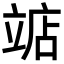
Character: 𫁥